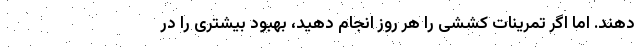
دهند. اما اگر تمرینات کششی را هر روز انجام دهید، بهبود بیشتری را در